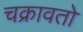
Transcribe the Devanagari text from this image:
चक्रावतो